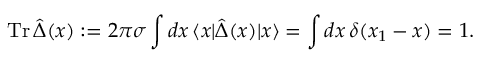
\mathrm { T r } \, \hat { \Delta } ( x ) : = 2 \pi \sigma \int d x \, \langle x | \hat { \Delta } ( x ) | x \rangle = \int d x \, \delta ( x _ { 1 } - x ) = 1 .